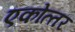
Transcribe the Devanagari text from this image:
एकोत्‍तर